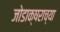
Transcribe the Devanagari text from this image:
जोडाक्षराच्या